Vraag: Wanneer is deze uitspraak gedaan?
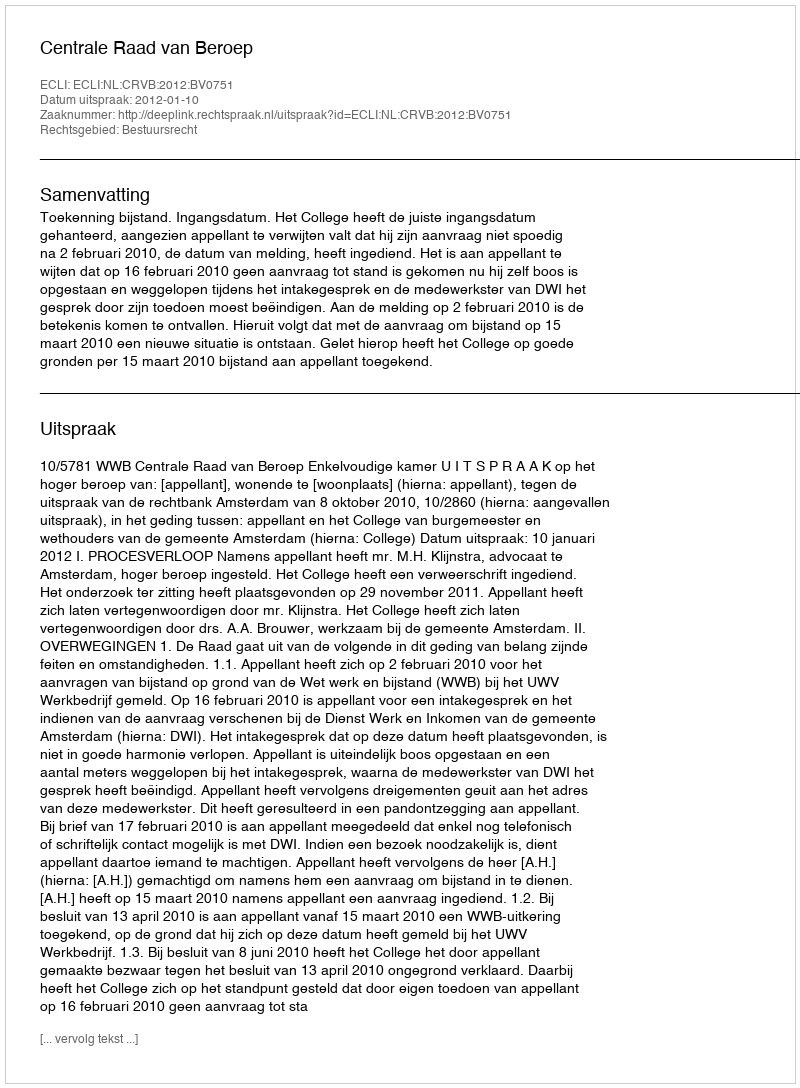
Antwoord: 2012-01-10